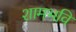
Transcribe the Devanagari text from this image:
शामभवि